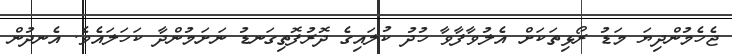
ޖެހެމުންދިޔަ މަޑު ރޯޅިތަކަށް އެލުވާފާވާ ހުދު ކުލައިގެ ދޮރުފޮތިގަނޑު ނަށަމުންދާ ކަހަލައެވެ. އެނދުން